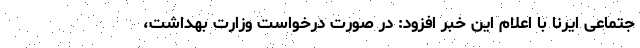
جتماعی ایرنا با اعلام این خبر افزود: در صورت درخواست وزارت بهداشت،